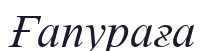
Ғапураға